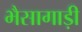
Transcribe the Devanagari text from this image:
भैसागाड़ी